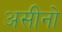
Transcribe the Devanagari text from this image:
असीनो